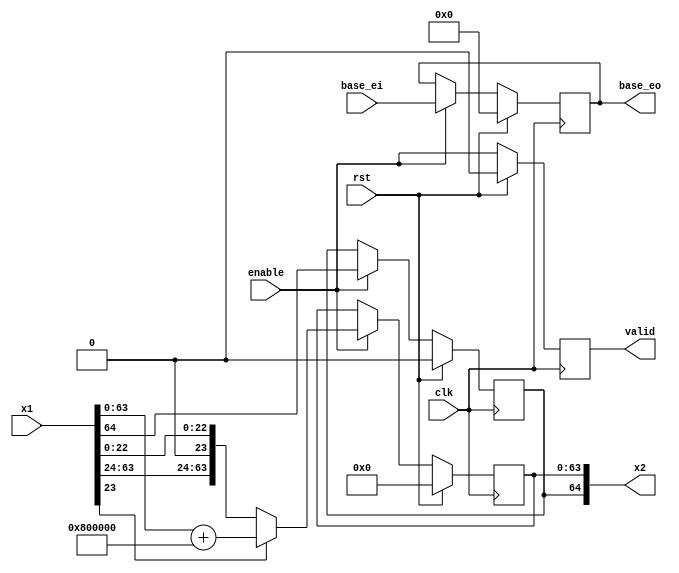
`timescale 1ns / 1ps
//////////////////////////////////////////////////////////////////////////////////
// Company: 
// Engineer: 
// 
// Design Name: 
// Module Name:    fmul_pipline2 
// Project Name: 
// Target Devices: 
// Tool versions: 
// Description: 
//
// Dependencies: 
//
// Revision: 
// Revision 0.01 - File Created
// Additional Comments: 
//
//////////////////////////////////////////////////////////////////////////////////
module fmul_pipline2(
    input clk,
    input rst,

    //s1, significand64
    input[64:0] x1,
    input[8:0]  base_ei,
    input       enable,

    //s1, significand64
    output[64:0] x2,
    output[8:0]  base_eo,
    output       valid
);

////////////////////////////////////////////////////////////
wire       X1_s;
wire[8:0]  X1_exponent;
wire[63:0] X1_significand;

assign X1_s             = x1[64];
assign X1_exponent      = base_ei;
assign X1_significand   = x1[63:0];

////////////////////////////////////////////////////////////
reg       rX2_s;
reg[8:0]  rX2_exponent;
reg[63:0] rX2_significand;

reg _valid;

////////////////////////////////////////////////////////////
always@(posedge clk)
begin
    if (rst) begin
        rX2_s           <= 0;
        rX2_exponent    <= 0;
        rX2_significand <= 0;
    end
    else if (enable) begin
        if (X1_significand[23]) begin
            rX2_s           <= X1_s;
            rX2_exponent    <= X1_exponent;
            rX2_significand <= X1_significand + 64'h0000_0000_0080_0000;
        end
        else begin
            rX2_s           <= X1_s;
            rX2_exponent    <= X1_exponent;
            rX2_significand <= X1_significand;
        end
    end
    else begin
        rX2_s           <= rX2_s;
        rX2_exponent    <= rX2_exponent;
        rX2_significand <= rX2_significand;
    end
end

////////////////////////////////////////////////////////////
always@(posedge clk)
begin
    if (rst)
        _valid <= 1'b0;
    else
        _valid <= enable;
end

assign x2       = {rX2_s, rX2_significand[63:0]};
assign base_eo  = rX2_exponent;
assign valid    = _valid;


endmodule